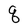
Character: q